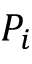
P _ { i }